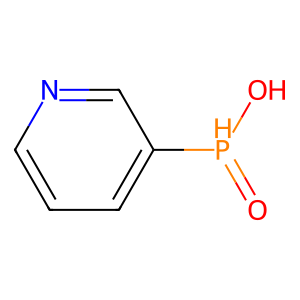
SMILES: O=[PH](O)c1cccnc1
Inhibits HIV replication: No